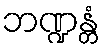
ဘဏ္ဍန္တံ